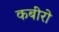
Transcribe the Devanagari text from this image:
कबीरो